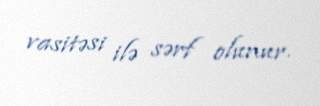
vasitəsi ilə sərf olunur.